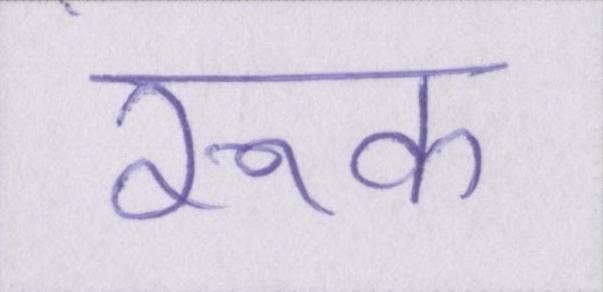
रूक